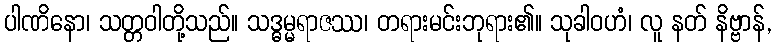
ပါဏိနော၊ သတ္တဝါတို့သည်။ သဒ္ဓမ္မရာဇဿ၊ တရားမင်းဘုရား၏။ သုခါဝဟံ၊ လူ နတ် နိဗ္ဗာန်,